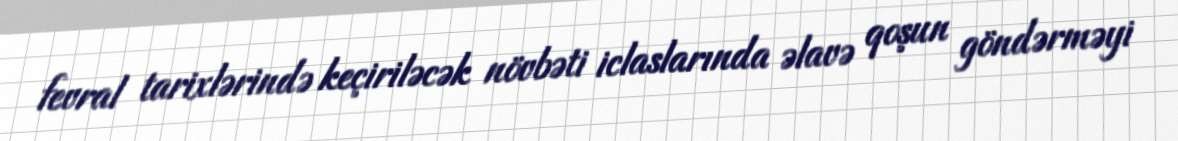
fevral tarixlərində keçiriləcək növbəti iclaslarında əlavə qoşun göndərməyi